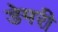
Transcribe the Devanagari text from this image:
डेमरी